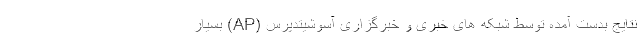
نتایج بدست آمده توسط شبکه های خبری و خبرگزاری آسوشیتدپرس (AP) بسیار